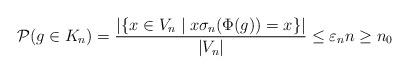
LaTeX: \begin{align*}\mathcal{P}(g\in K_{n})=\frac{\left\vert \left\{ x\in V_{n}\mid x\sigma_{n}(\Phi(g))=x\right\} \right\vert }{\left\vert V_{n}\right\vert }\leq\varepsilon_{n}n\geq n_{0}\end{align*}